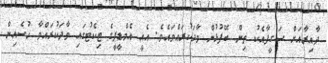
ދާއިރާއަށް ސަގީފާއެކު ތިން ބޭފުޅުން ވާދަކުރައްވައެވެ. އެއީ އެމްޑީޕީގެ ޓިކެޓުގައި ވާދަކުރައްވާ ހުސެއިން